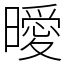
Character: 曖